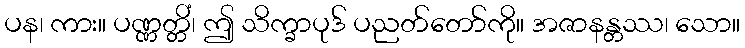
ပန၊ ကား။ ပဏ္ဏတ္တိံ၊ ဤ သိက္ခာပုဒ် ပညတ်တော်ကို။ အဇာနန္တဿ၊ သော။